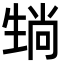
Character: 𪽄